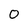
Character: 0